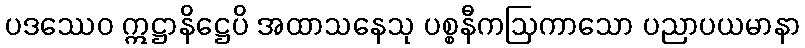
ပဒဿေဝ ဣဋ္ဌာနိဋ္ဌေပိ အထာသနေသု ပစ္စနီကဩကာသော ပညာပယမာနာ